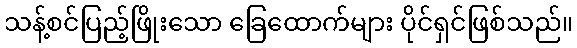
သန့်စင်ပြည့်ဖြိုးသော ခြေထောက်များ ပိုင်ရှင်ဖြစ်သည်။